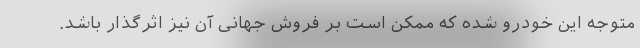
متوجه این خودرو شده که ممکن است بر فروش جهانی آن نیز اثرگذار باشد.